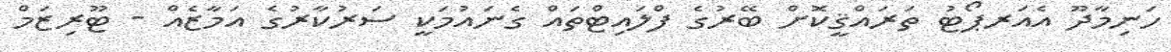
ހަނިމާދޫ އެއަރޕޯޓު ތަރައްޤީކޮށް ބޭރުގެ ފްލައިޓްތައް ގެނައުމަކީ ސަރުކާރުގެ އަމާޒެއް - ޓޫރިޒަމް